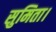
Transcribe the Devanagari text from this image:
सुमिता।